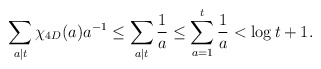
\begin{align*}\sum_{a\mid t}\chi_{4D}(a)a^{-1} \leq \sum_{a\mid t}\frac{1}{a} \leq \sum_{a = 1}^t \frac{1}{a} < \log t + 1.\end{align*}